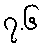
၇.၆